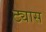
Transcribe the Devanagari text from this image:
ट्यास